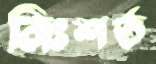
নিঃশর্ত